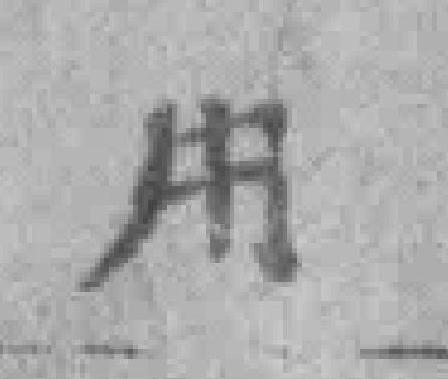
用